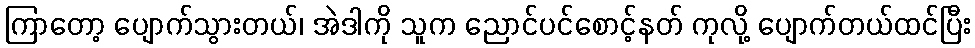
ကြာတော့ ပျောက်သွားတယ်၊ အဲဒါကို သူက ညောင်ပင်စောင့်နတ် ကုလို့ ပျောက်တယ်ထင်ပြီး